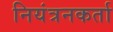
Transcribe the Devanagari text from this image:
नियंत्रनकर्ता